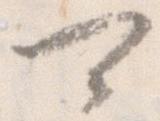
可